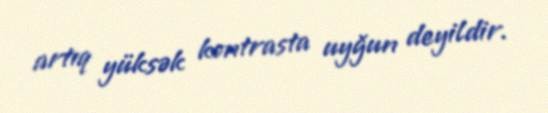
artıq yüksək kontrasta uyğun deyildir.